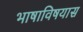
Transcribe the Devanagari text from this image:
भाषाविषयास